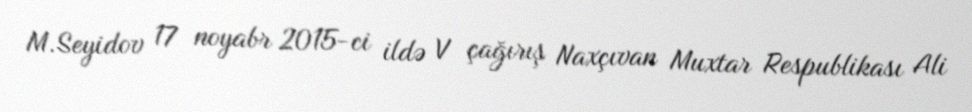
M.Seyidov 17 noyabr 2015-ci ildə V çağırış Naxçıvan Muxtar Respublikası Ali